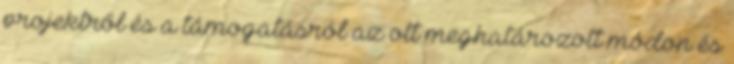
projektről és a támogatásról az ott meghatározott módon és